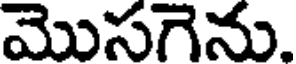
మొసగెను.